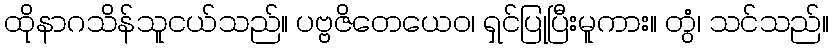
ထိုနာဂသိန်သူငယ်သည်။ ပဗ္ဗဇိတေယေဝ၊ ရှင်ပြုပြီးမူကား။ တွံ၊ သင်သည်။